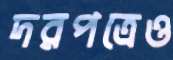
দরপত্রেও